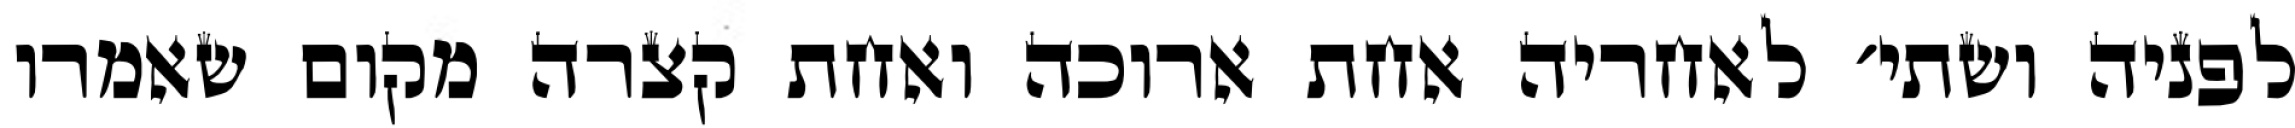
לפניה ושתי׳ לאחריה אחת ארוכה ואחת קצרה מקום שאמרו